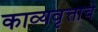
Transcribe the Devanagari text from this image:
काव्यवृत्ताचे